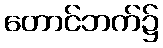
တောင်ဘက်၌